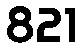
821